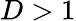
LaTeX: D>1